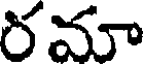
రమా